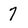
Character: 7